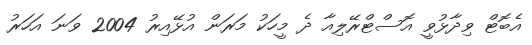
އެބޮޓް ވިދާޅުވީ އޮސްޓްރޭލިއާ ދެ މީހަކު މަރަން އުޅޭއިރު 2004 ވަނަ އަހަރު